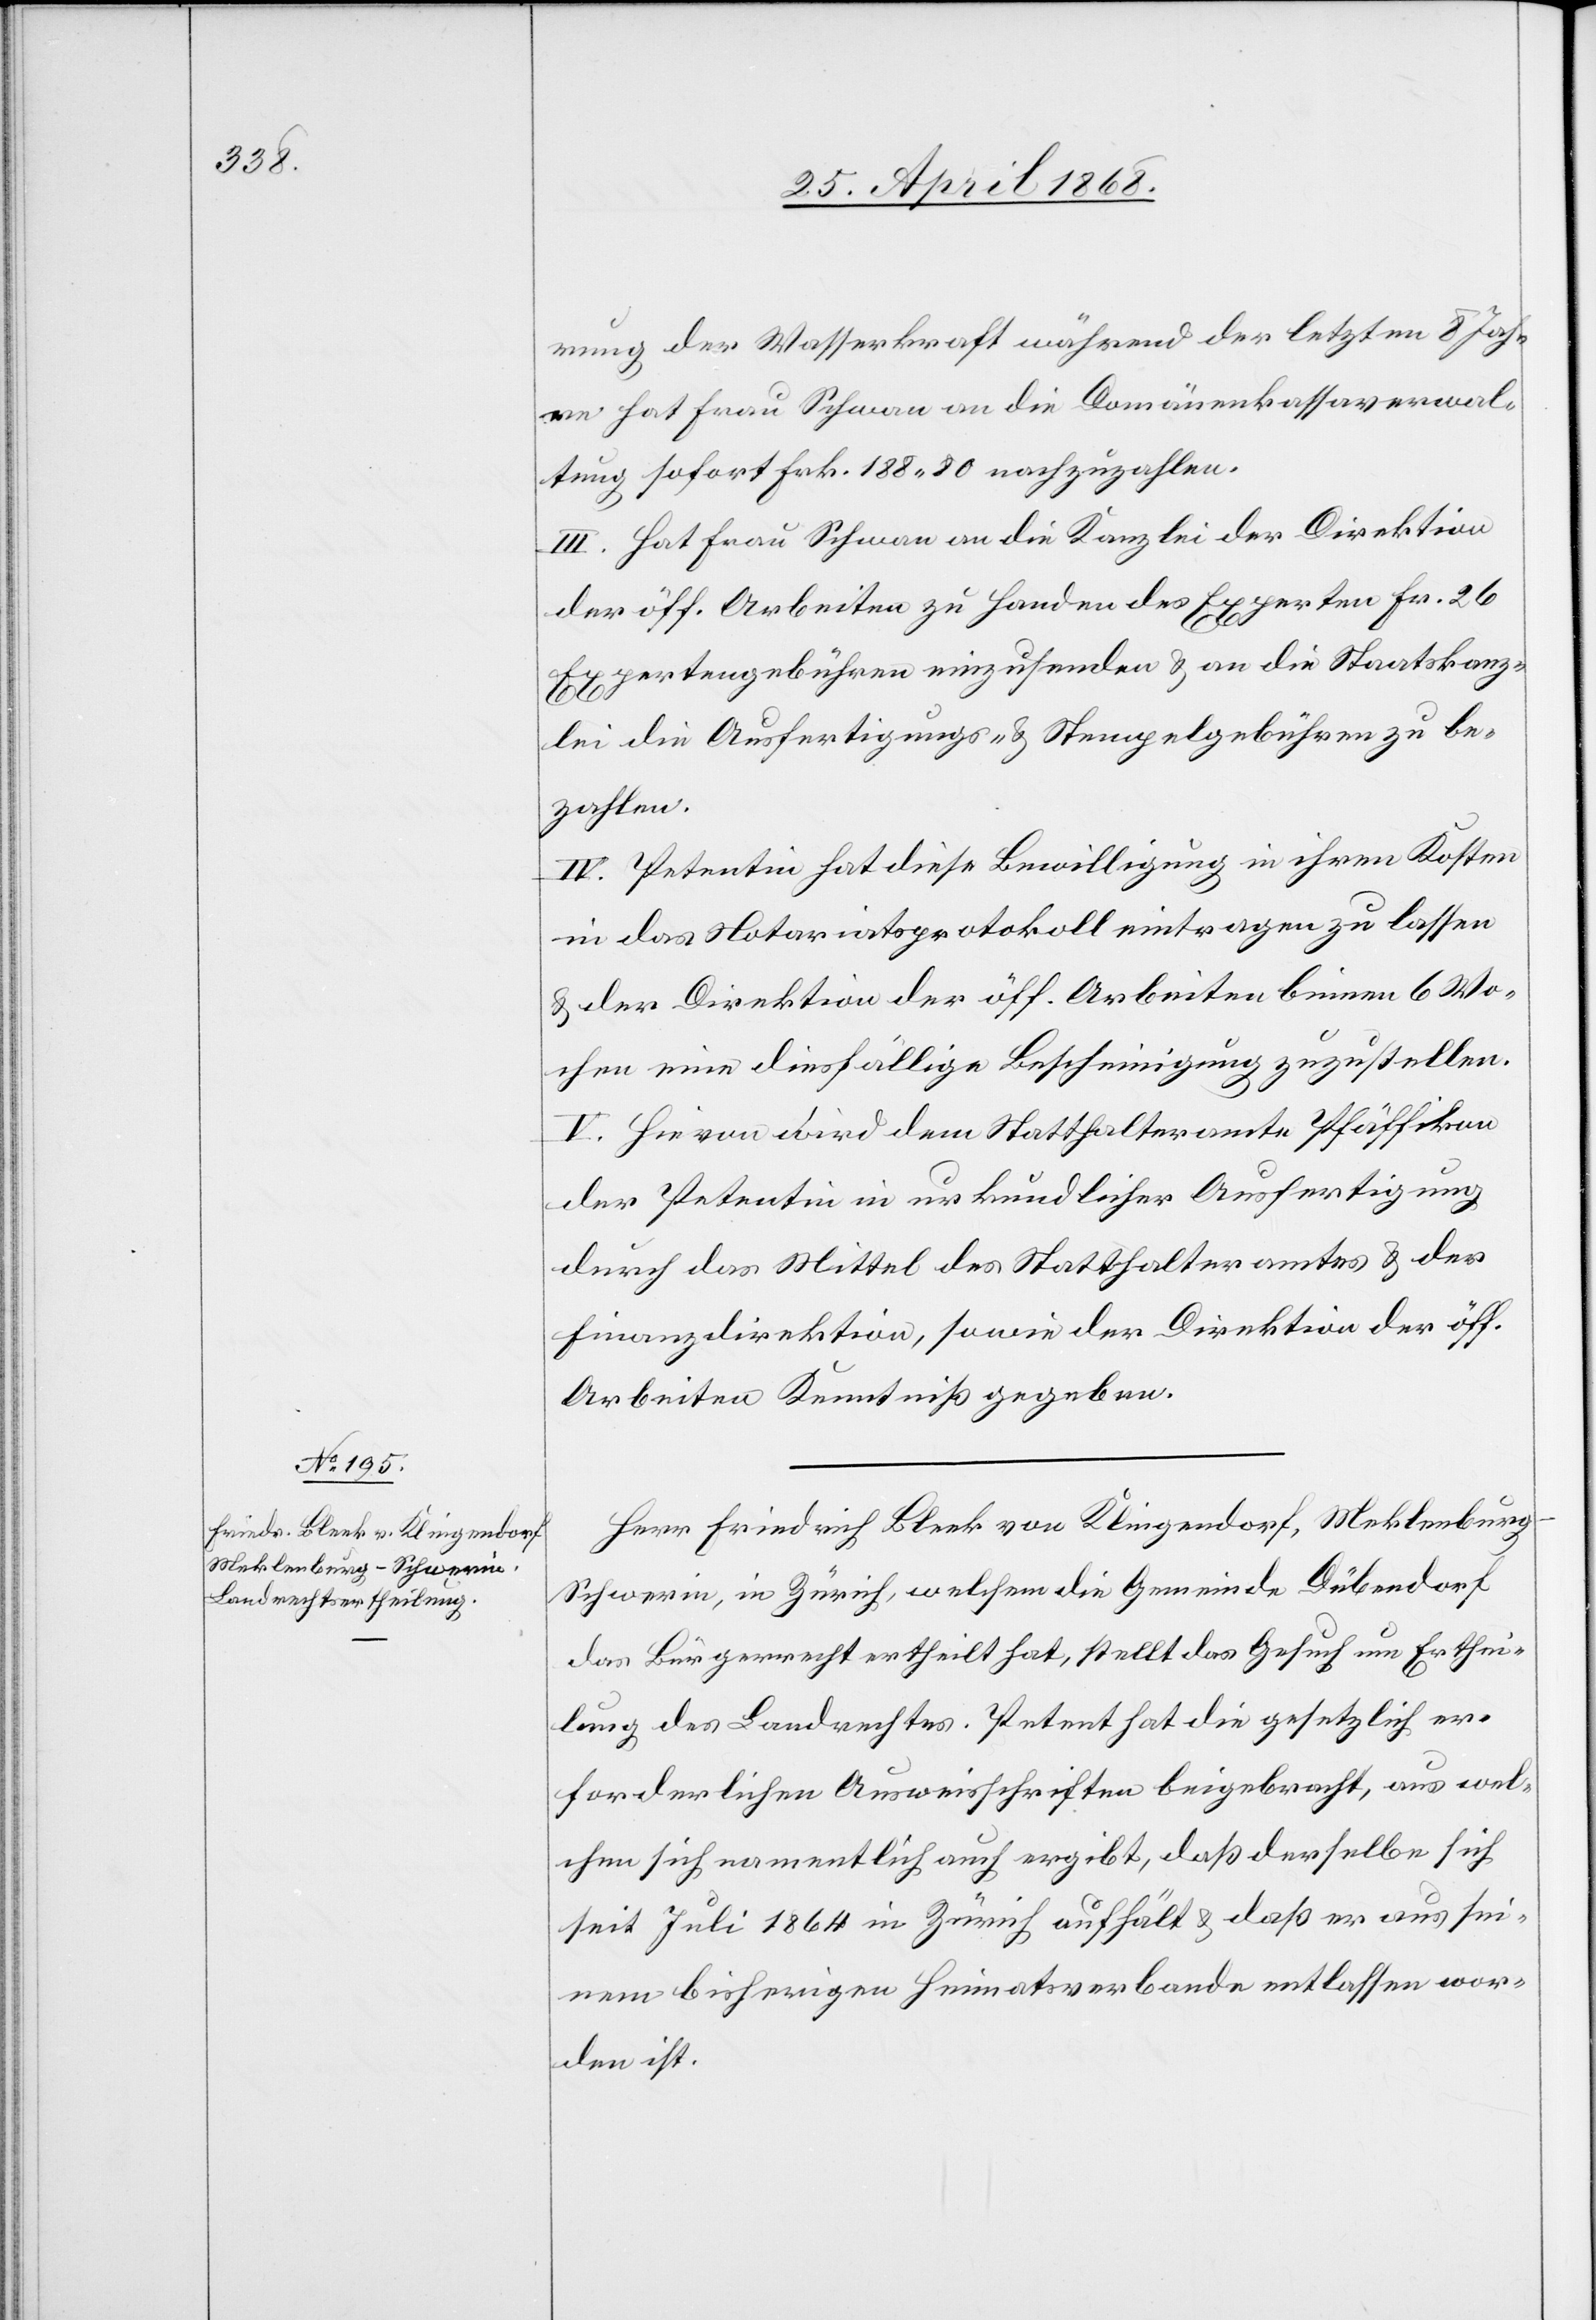
rung der Wasserkraft während der letzten 8 Jah¬
re hat Frau Schwan an die Domänenkassaverwal¬
tung sofort Frk. 188. 80 nachzuzahlen.
III. Hat Frau Schwan an die Kanzlei der Direktion
der öff. Arbeiten zu Handen des Experten Fr. 26
Expertengebühren einzusenden & an die Staatskanz¬
lei die Ausfertigungs- & Stempelgebühren zu be¬
zahlen.
IV. Petentin hat diese Bewilligung in ihren Kosten
in das Notariatsprotokoll eintragen zu lassen
& der Direktion der öff. Arbeiten binnen 6 Wo¬
chen eine diesfällige Bescheinigung zuzustellen.
V. Hievon wird dem Statthalteramte Pfäffikon[,]
der Petentin in urkundlicher Ausfertigung
durch das Mittel des Statthalteramtes & der
Finanzdirektion, sowie der Direktion der öff.
Arbeiten Kenntniß gegeben.
Herr Friedrich Bleek von Klingendorf, Meklenbur¬
g-Schwerin, in Zürich, welchem die Gemeinde Dübendorf
das Bürgerrecht ertheilt hat, stellt das Gesuch um Erthei¬
lung des Landrechtes. Petent hat die gesetzlich er¬
forderlichen Ausweisschriften beigebracht, aus wel¬
chen sich namentlich auch ergibt, daß derselbe sich
seit Juli 1864 in Zürich aufhält & daß er aus sei¬
nem bisherigen Heimatsverbande entlassen wor¬
den ist.